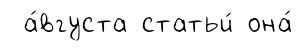
а́вгуста статьи́ она́